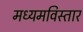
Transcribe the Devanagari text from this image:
मध्यमविस्तार